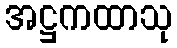
အဋ္ဌကထာသု